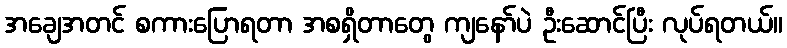
အချေအတင် စကားပြောရတာ အစရှိတာတွေ ကျနော်ပဲ ဦးဆောင်ပြီး လုပ်ရတယ်။